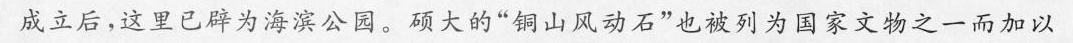
成立后，这里已辟为海滨公园。硕大的”铜山风动石”也被列为国家文物之一而加以保